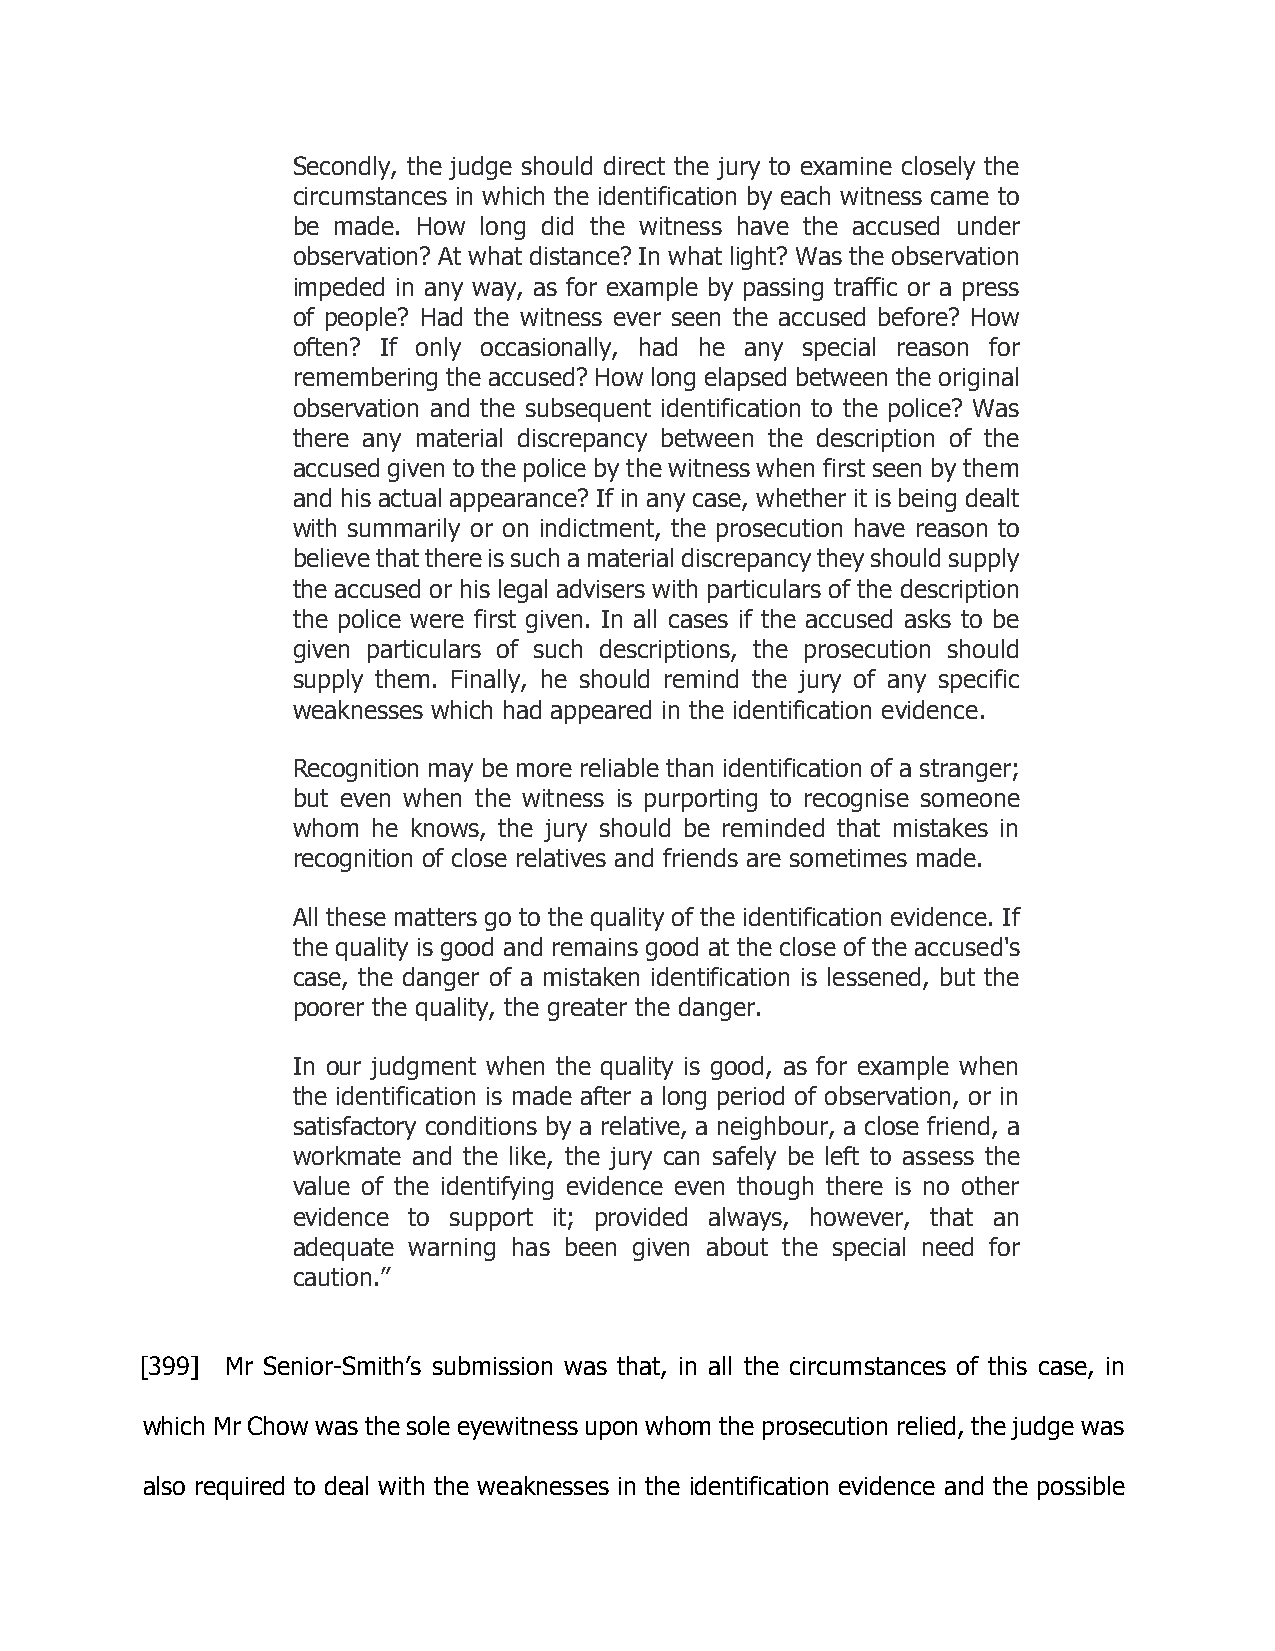
Secondly, the judge should direct the jury to examine closely the
 circumstances in which the identification by each witness came to
 be made. How long did the witness have the accused under
 observation? At what distance? In what light? Was the observation
 impeded in any way, as for example by passing traffic or a press
 of people? Had the witness ever seen the accused before? How
 often? If only occasionally, had he any special reason for
 remembering the accused? How long elapsed between the original
 observation and the subsequent identification to the police? Was
 there any material discrepancy between the description of the
 accused given to the police by the witness when first seen by them
 and his actual appearance? If in any case, whether it is being dealt
 with summarily or on indictment, the prosecution have reason to
 believe that there is such a material discrepancy they should supply
 the accused or his legal advisers with particulars of the description
 the police were first given. In all cases if the accused asks to be
 given particulars of such descriptions, the prosecution should
 supply them. Finally, he should remind the jury of any specific
 weaknesses which had appeared in the identification evidence.
 Recognition may be more reliable than identification of a stranger;
 but even when the witness is purporting to recognise someone
 whom  he knows, the jury should be reminded that mistakes in
 recognition of close relatives and friends are sometimes made.
 All these matters go to the quality of the identification evidence. If
 the quality is good and remains good at the close of the accused's
 case, the danger of a mistaken identification is lessened, but the
 poorer the quality, the greater the danger.
 In our judgment when the quality is good, as for example when
 the identification is made after a long period of observation, or in
 satisfactory conditions by a relative, a neighbour, a close friend, a
 workmate and the like, the jury can safely be left to assess the
 value of the identifying evidence even though there is no other
 evidence to support it; provided always, however, that an
 adequate warning has been given about the special need for
 caution.”
 [399] Mr Senior-Smith’s submission was that, in all the circumstances of this case, in
 which Mr Chow was the sole eyewitness upon whom the prosecution relied, the judge was
 also required to deal with the weaknesses in the identification evidence and the possible